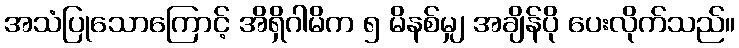
အသံပြုသောကြောင့် အိရှိဂါမိက ၅ မိနစ်မျှ အချိန်ပို ပေးလိုက်သည်။